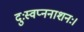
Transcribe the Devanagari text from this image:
दुःस्वप्ननाशनः।